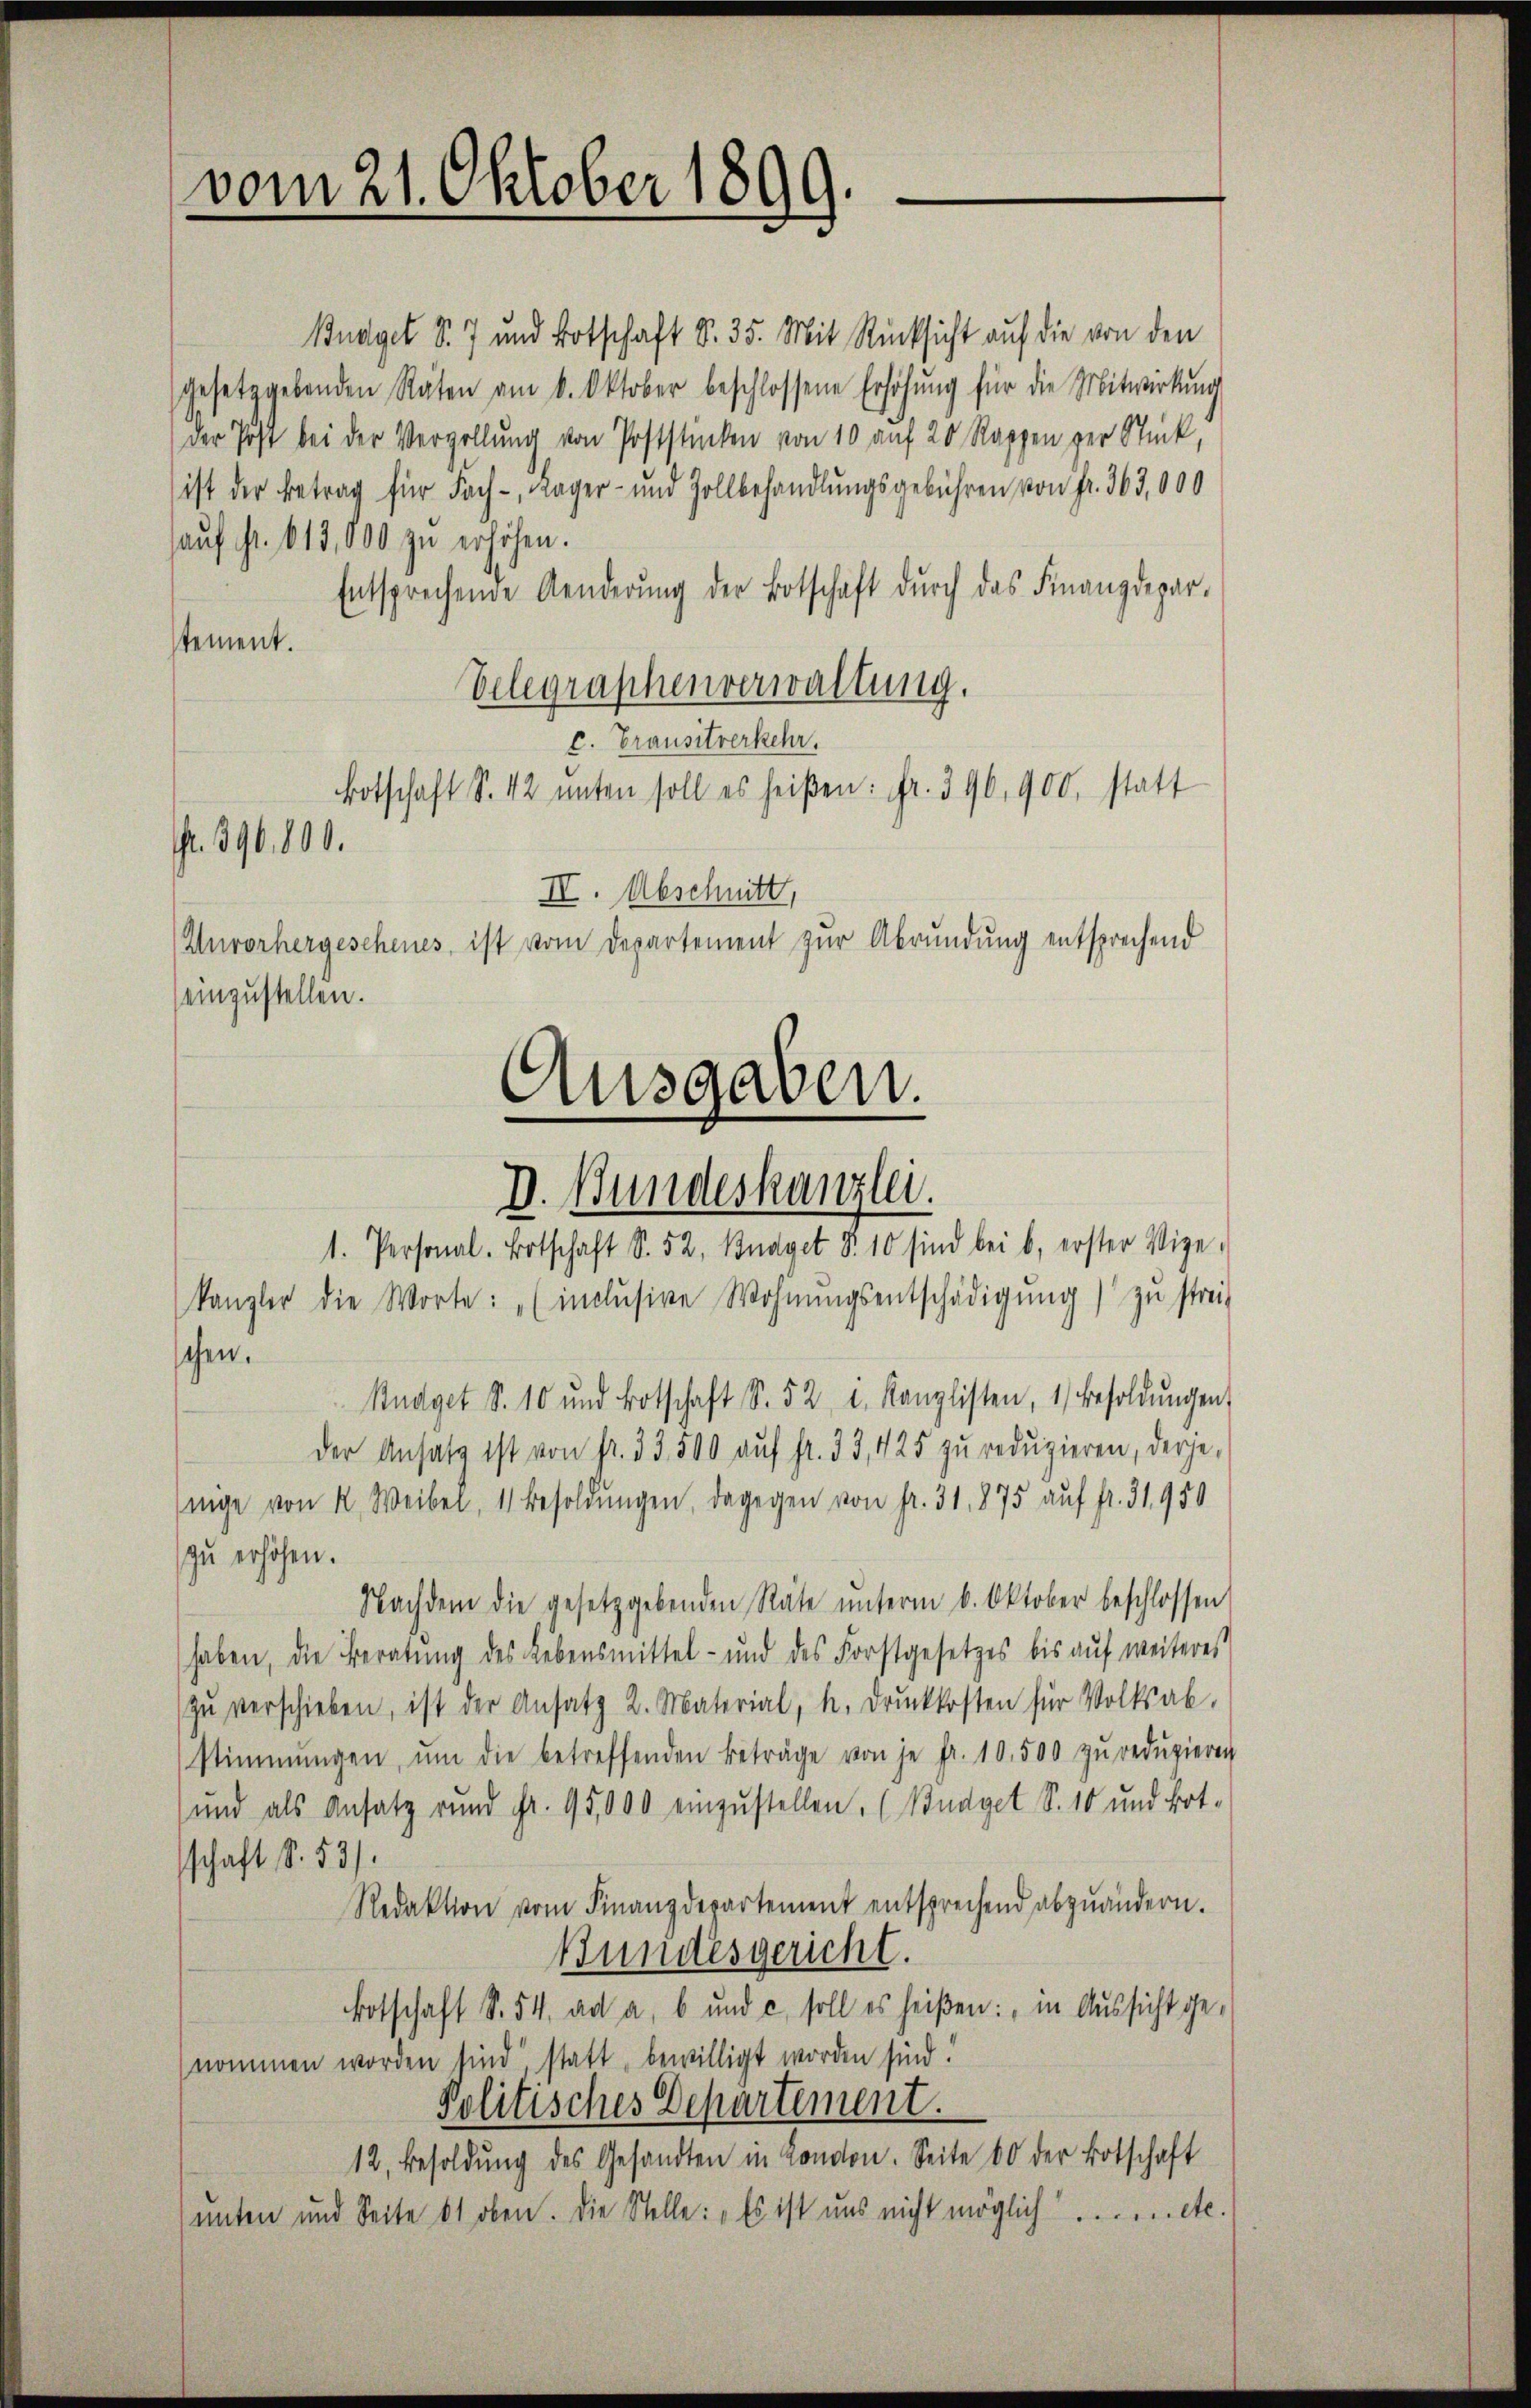
vom 21. Oktober 1899.

Ausgaben.
D. Bundeskanzlei.

Budget S. 7 und Botschaft S. 35. Mit Rücksicht auf die von den
gesetzgebenden Räten am 6. Oktober beschlossene Erhöhŭng für die Mitwirkung
der Post bei der Vergellung von Poststinken von 10 auf 20 Rappen zur Stück,
ist der Betrag für Fach-, Lager- und Zollbehandlŭngsgebühren von Fr. 363,000
aŭf fr. 613,000 zu erhöhen.
Entsprechende Aenderŭng der Botschaft durch das Finanzdeparstement.
Velegraphenverwaltung.
c. Grausitverkehr,
Botschaft S. 12 unten soll es heißen: Fr. 396,900, statt
. 396. 800.
II. Abschnitt,
Unvorhergeschenes, ist vom Departement zur Abrundung entsprechend
einzustellen.
1. Personal. Botschaft S. 52, Budget S. 10 sind bei b., erster Vize-
kanzler die Worte: „(inclŭsive Wohnŭngsentschädigŭng zŭ strei-
chen.
Kudget S. 10 und Botschaft S. 52 u. Kanzlisten, 1) Besoldŭngen,
der Ansatz ist von fr. 33. 500 aŭf fr. 33, 425 zŭ redŭzieren, derje-
singe von K. Weibel, 1 Besoldŭngen, dagegen von fr. 31, 875 auf fr. 31950
zu erhöhen.
Nachdem die gesetzgebenden Räte ŭnterm 6. Oktober beschlossen
haben, die Beratŭng des Lebensmittel- und des Forstgesetzes bis aŭf weiteres
zŭ verschieben, ist der Ansatz 2. Material, u. drŭckkosten für Volksab-
stimmungen, ŭm die betreffenden Beträge von je fr. 10,500 zŭ redŭzieren
und als Ansatz rund Fr. 95,000 einzustellen. (Budget S. 10 und bot.
schaft S. 53).
Redaktion vom Finanzdepartement entsprechend abzuändern.
Bundesgericht.
Botschaft S. 54. ad a, b und c. soll es heißen: "in Aŭssicht ge-
nommen worden sind statt, bewilligt worden sind!
Politisches Departement.
12, Besoldŭng des Gesandten in London. Seite 60 der Botschaft
unten und Seite et oben. Die Stelle: „Es ist uns nicht möglich etc.